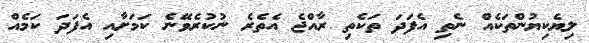
ލިޔެކިޔުންތަކެއް ނެތި އެފަދަ ތަކެތި ރާއްޖެ އެތެރެ ނުކުރެވޭނެ ކަމަށާއި އެފަދަ ކަމެއް